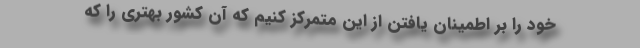
خود را بر اطمینان یافتن از این متمرکز کنیم که آن کشور بهتری را که